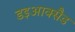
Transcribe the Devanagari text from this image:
डइआक्सैड